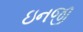
ઇનજી